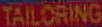
TAILORING